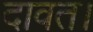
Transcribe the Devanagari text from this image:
दावत।